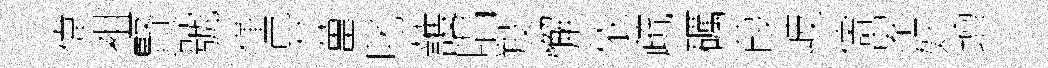
偉袓賢號僅异薑叱䕶唱羖懈依疏礪葭岐儔皋奸壇